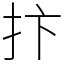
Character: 抃